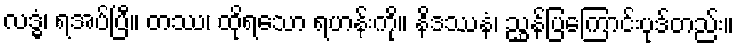
လဒ္ဓံ၊ ရအပ်ပြီ။ တဿ၊ ထိုရသော ရဟန်းကို။ နိဒဿနံ၊ ညွှန်ပြကြောင်းပုဒ်တည်း။